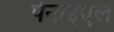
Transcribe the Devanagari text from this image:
पेनाइएल